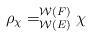
LaTeX: \begin{align*} \rho_{\chi} = _{\mathcal{W}(E)}^{\mathcal{W}(F)}\chi \end{align*}